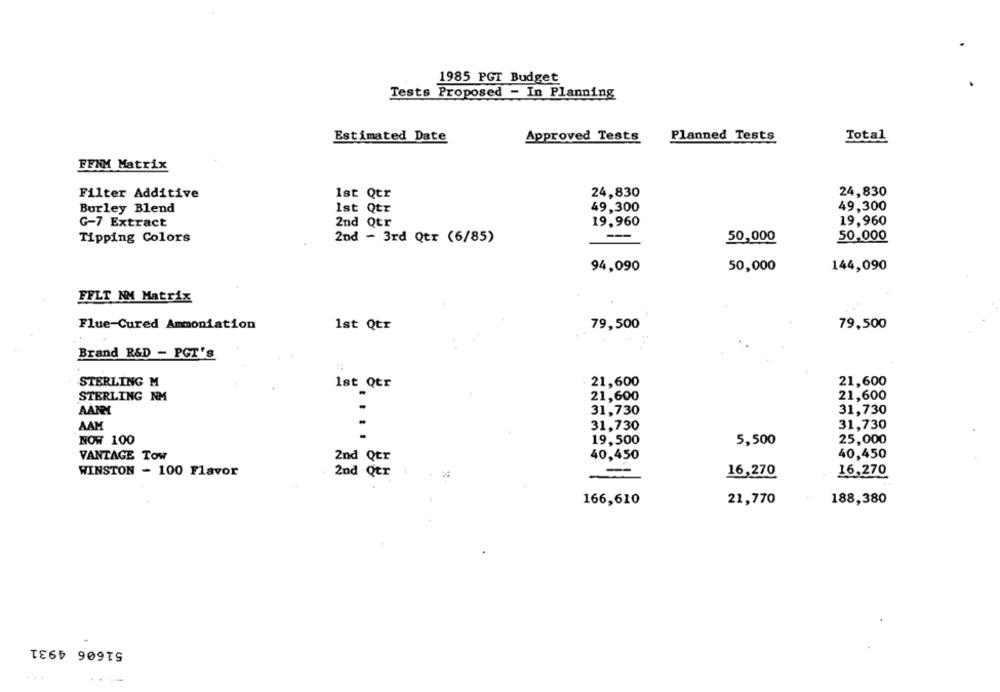
1985 PGT Budget
Tests Proposed - In Planning
Estimated Date
Approved Tests
Planned Tests
Total
FFNM Matrix
1st Qtr
24,830
24,830
Filter Additive
49,300
49,300
Burley Blend
Ist Qtr
2nd Qtr
G-7 Extract
19,960
19,960
Tipping Colors
2nd - 3rd Qtr (6/85)
50,000
50,000
94,090
50,000
144,090
FFLT NM Matrix
79,500
Flue-Cured Ammoniation
1st Qtr
79,500
Brand R&D - PGT's
STERLING M
1st Qtr
21,600
21,600
-
STERLING NM
21,600
21,600
-
AANM
31,730
31,730
AAM
31,730
31,730
NOW 100
19,500
5,500
25,000
VANTAGE Tow
40,450
40,450
2nd Qtr
WINSTON - 100 Flavor
16,270
2nd Qtr
=
16,270
166,610
21,770
188,380
51606 4931